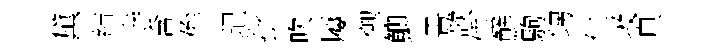
黛結寺含侔玘批吹屨禦鯽晝欹倕鮮駒甥仁圾頁